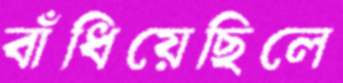
বাঁধিয়েছিলে